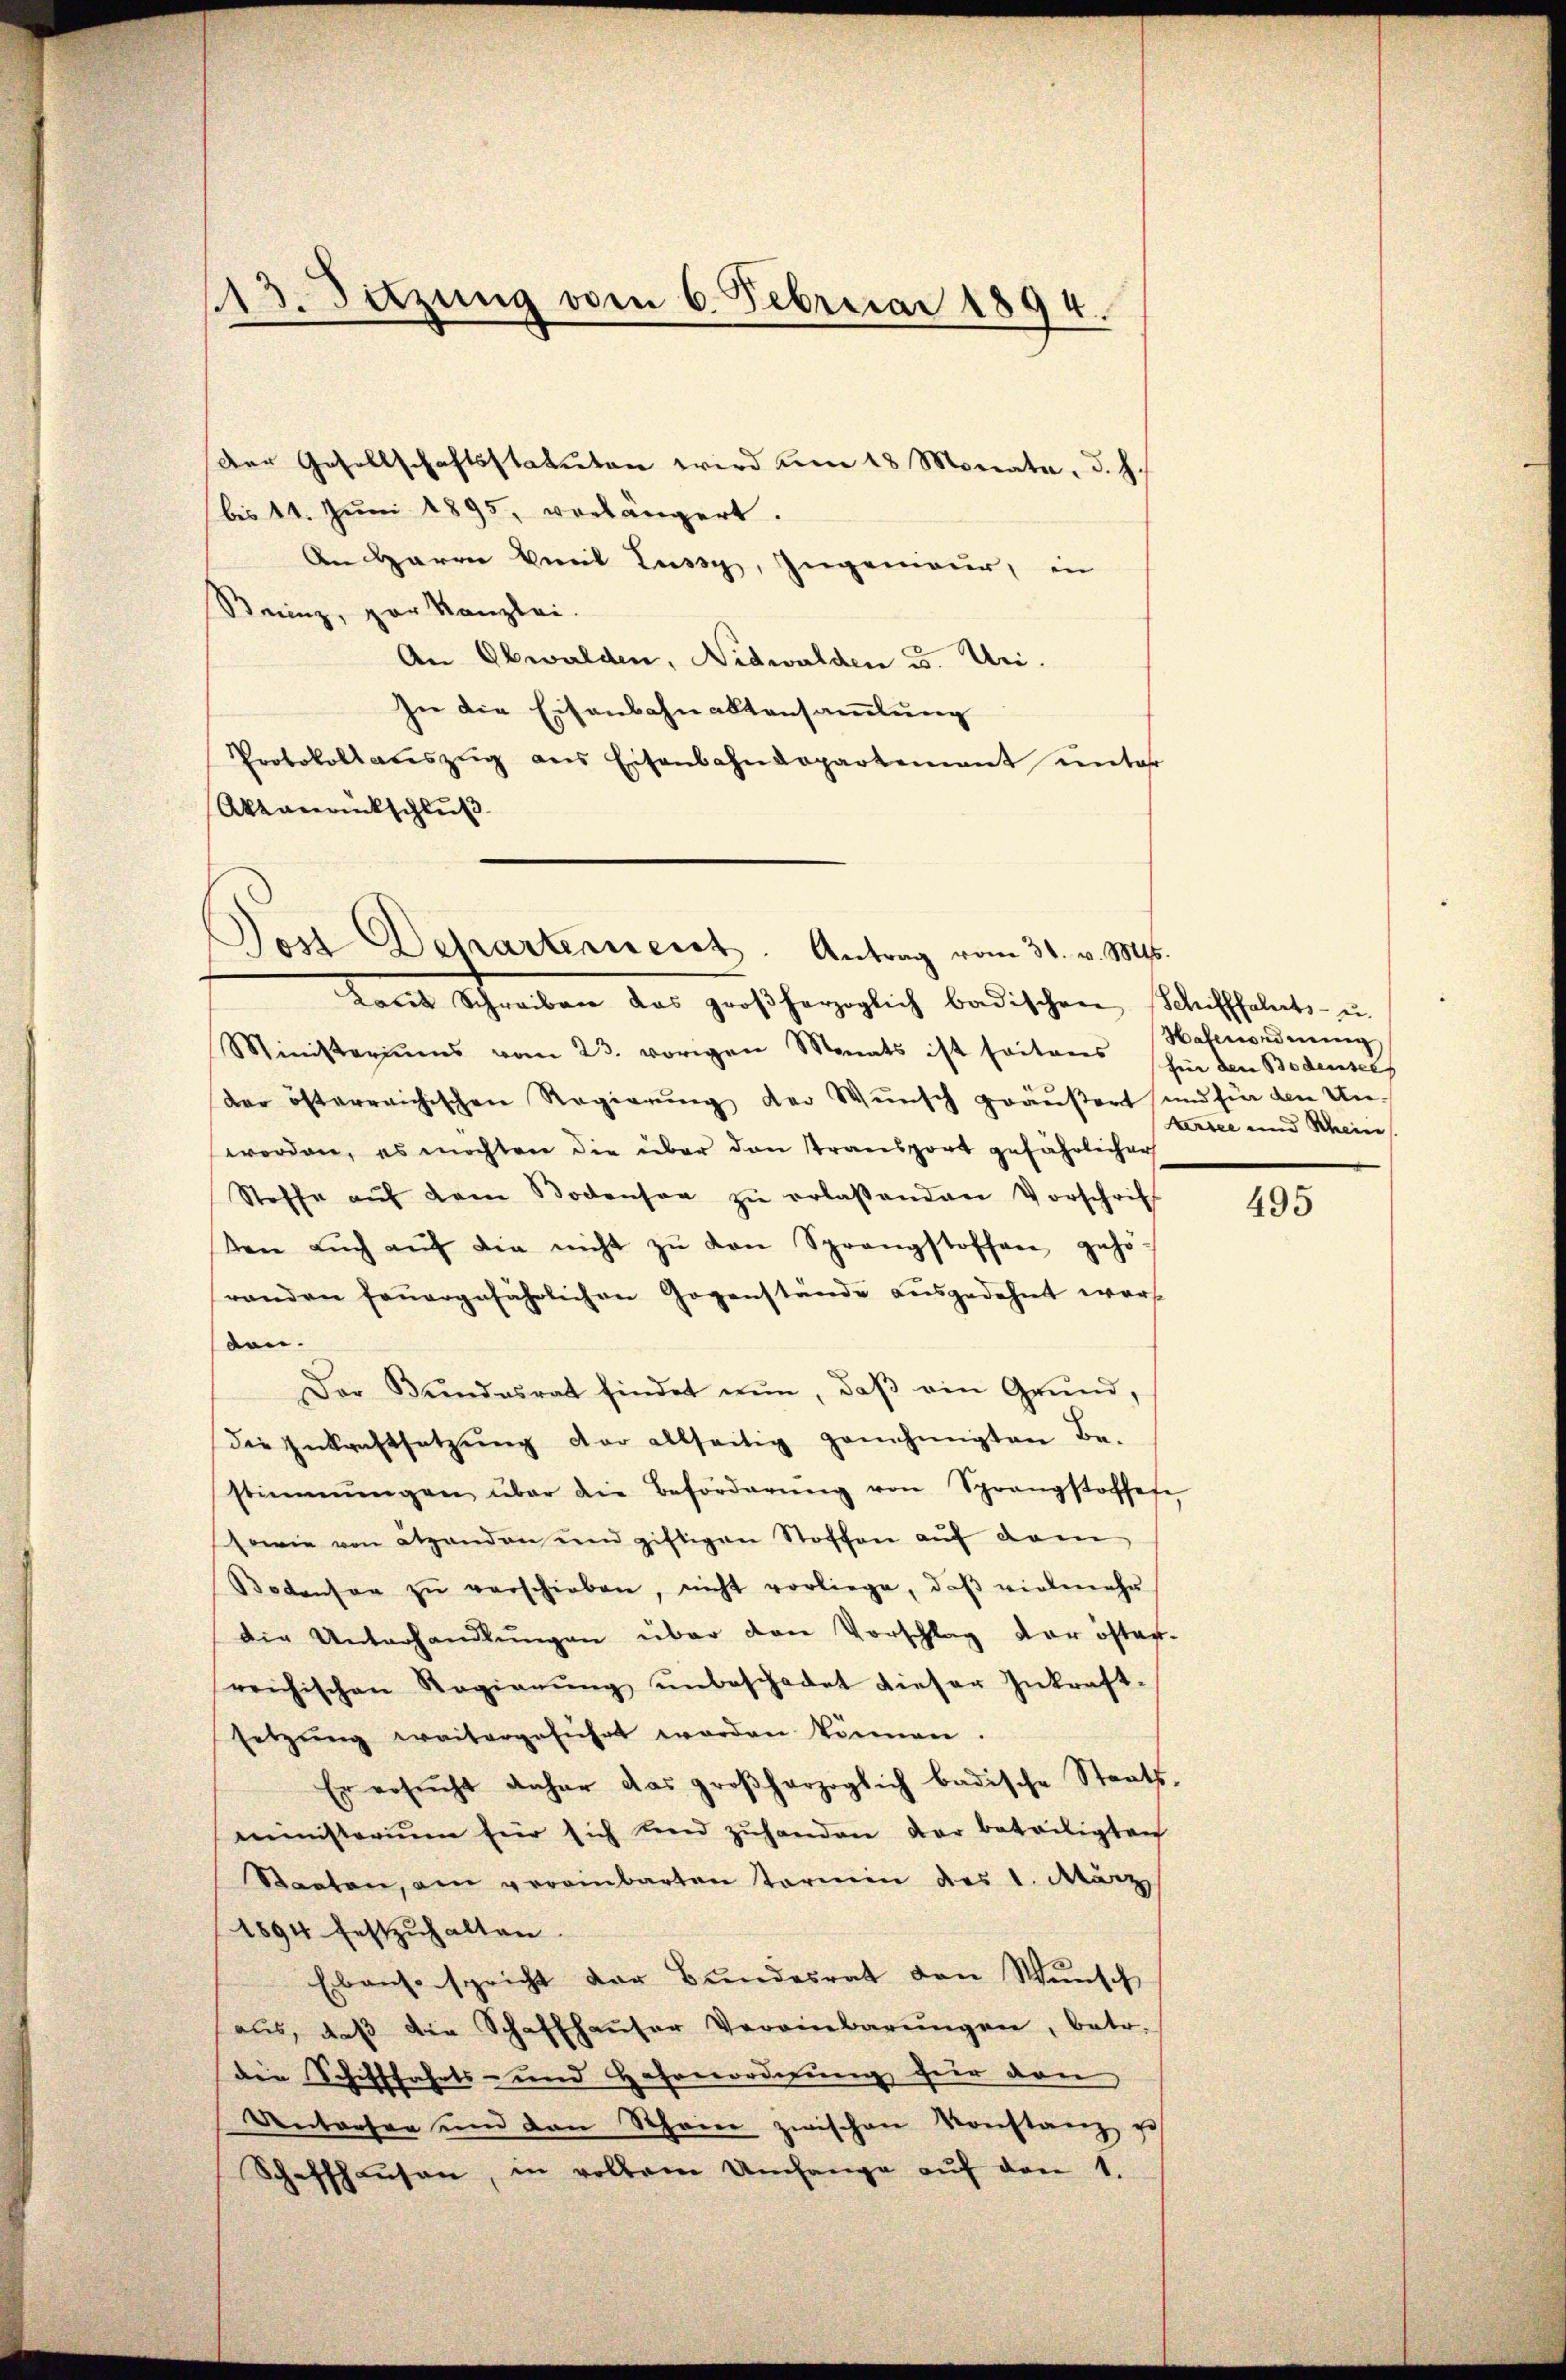
113. Sitzung vom 6. Februar 1894.

Der Gesellschaftsstatuten wird um 18 Monate, d. h.
(bis 14. Juni 1895, vorlängert.
An Herrn Viel Lussy, Zugenieur, in
Stainz, par Kanzlei.
An Obwalden, Nidwalden u. Uri.
In die Eisenbahnaktensamlung
Protokollauszug aus Eisenbahndepartement unter
Akzanankschluß

Jost Departennent. Antrag vom 31. v. Mts.
Kares Schreiben das großherzoglich badischen Schifffahrts- u.

Ministeriums vom 23. vorigen Monats ist seitens für den Bodensel
der österreichischen Regierung der Wunsch geäußert und für den Unworden, es möchten die über den transport gefährlicher
Stoffe aŭf dem Bodensee zŭ erlaßenden Vorschrif
en aŭch aŭf die nicht zŭ den Sprangstoffen gehö-
renden feŭergefährlichen Gegenstände ausgedehnt wor
sen.
Der Bundesrat findet nun, daβ ein Grund,
die Zŭkraftsetzŭng der allseitig genehmigten Be-
stimmungen über die Beförderŭng von Sprangstoffese
sowie von Standen und giftigen Stoffen auf dem
Bodensen zŭ verschieben, nicht vorliege, daβ vielen ehe
die Unterhandlungen über den Vorschlag der öster-
reichischen Regierŭng ŭnbeschadet dieser Inkraft-
setzŭng weitergeführt worden können.
Er ersŭcht daher das großherzoglich badische Staats-
ministerium hier sich und zŭhanden der beteiligten
Staaten, am vereinbarten Termin des 1. März
1894 festzuhalten
Ebenso spricht der Bundesrat den Wunsch
aŭs, daβ die Schaffhaŭser Vereinbarŭngen, betr.
die Schifffahrts- und Hohenordnung für von
Aentorfen und den Schöner zwischen Vorstanz sch
Schaffhaŭsen, in vollem Umfange aŭf den 1.

Hafenordnung
trsee und Schein

495